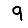
Digit: 9